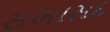
સભાસદ